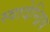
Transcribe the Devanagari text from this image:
स्वादेन्द्रिय